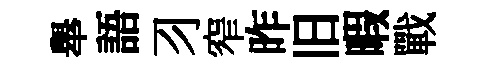
舉語习窄昨旧暇戰